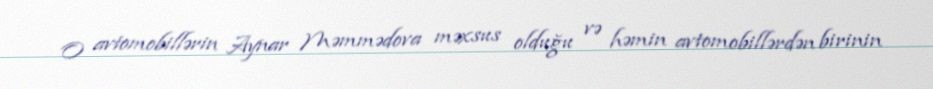
O avtomobillərin Aynar Məmmədova məxsus olduğu və həmin avtomobillərdən birinin